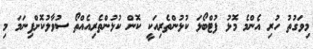
މިވަގުތު ހުރި އެންމެ މޮޅު ފުޓްބޯޅަ ކުޅުންތެރިއަކީ ކޮން ކުޅުންތެރިއެއްތޯ ސުވާލުކޮށްފިނަމަ މި